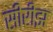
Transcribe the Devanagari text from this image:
सीरीझ